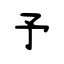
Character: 予